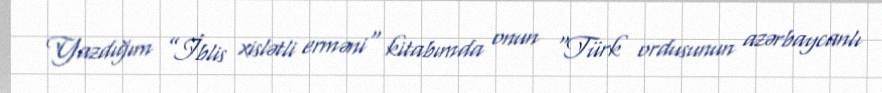
Yazdığım ”İblis xislətli erməni" kitabımda onun “Türk ordusunun azərbaycanlı